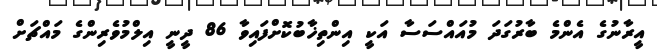
އީރާނުގެ އެންމެ ބާރުގަދަ މުއައްސަސާ އަކީ އިންތިޚާބުކޮށްފައިވާ 86 ދީނީ އިލްމުވެރިންގެ މައްޗަށް